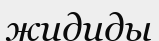
жидиды